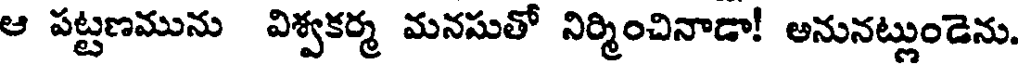
ఆ పట్టణమును విశ్వకర్మ మనసుతో నిర్మించినాడా! అనునట్లుండెను.